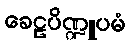
ခေဠပိဏ္ဍူပမံ